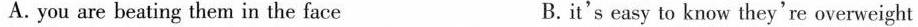
A. you are beating them in the face B.it's easy to know they're overweight